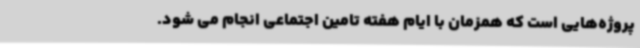
پروژه‌هایی است که همزمان با ایام هفته تامین اجتماعی انجام می شود.